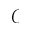
\mathscr { C }